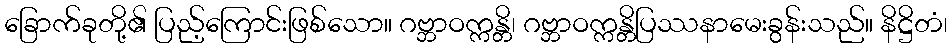
ခြောက်ခုတို့၏ ပြည့်ကြောင်းဖြစ်သော။ ဂဗ္ဘာဝက္ကန္တိ၊ ဂဗ္ဘာဝက္ကန္တိပြဿနာမေးခွန်းသည်။ နိဋ္ဌိတံ၊